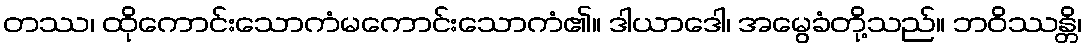
တဿ၊ ထိုကောင်းသောကံမကောင်းသောကံ၏။ ဒါယာဒေါ၊ အမွေခံတို့သည်။ ဘဝိဿန္တိ၊